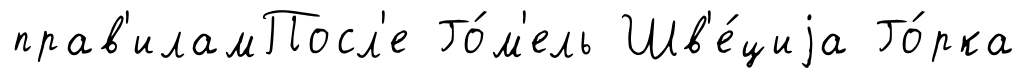
прав'иламПосл'е Го́м'ель Шв'е́циjа Го́рка